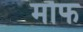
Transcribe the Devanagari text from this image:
मौफ